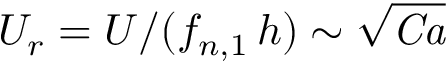
U _ { r } = U / ( f _ { n , 1 } \, h ) \sim \sqrt { \mathit { C a } }